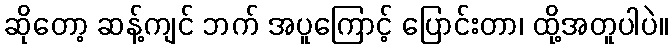
ဆိုတော့ ဆန့်ကျင် ဘက် အပူကြောင့် ပြောင်းတာ၊ ထို့အတူပါပဲ။